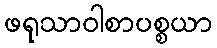
ဖရုသာဝါစာပစ္စယာ